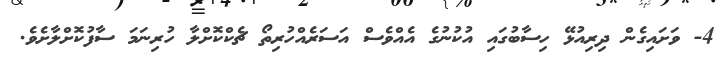
4- ވަށައިގެން ދިރިއުޅޭ ހިސާބުގައި އުކުނުގެ އެއްވެސް އަސަރެއްހުރިތޯ ޗެކްކޮށްލާ ހުރިނަމަ ސާފުކޮށްލާށެވެ.